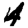
Digit: 4